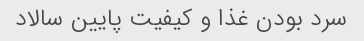
سرد بودن غذا و کیفیت پایین سالاد